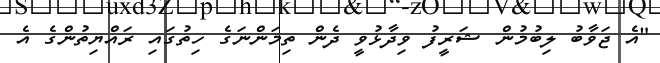
"އެ ޖަވާބު ލިބުމުން ޝަރީފު ވިދާޅުވީ ދެން ތިމަންނަގެ ހިތުގައި ރައްޔިތުންގެ އެ